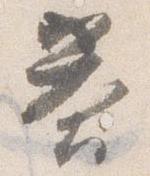
答